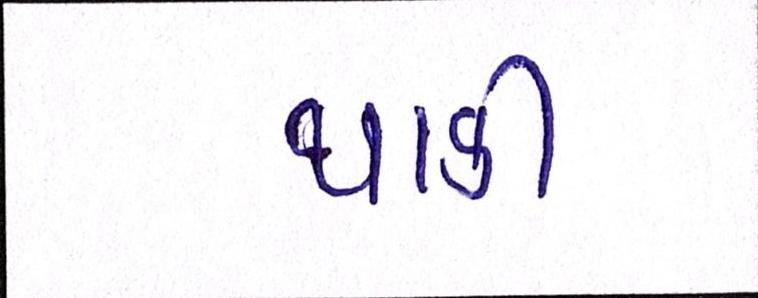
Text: થાકી